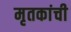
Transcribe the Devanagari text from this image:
मृतकांची